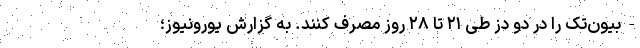
-بیون‌تک را در دو دُز طی ۲۱ تا ۲۸ روز مصرف کنند. به گزارش یورونیوز؛